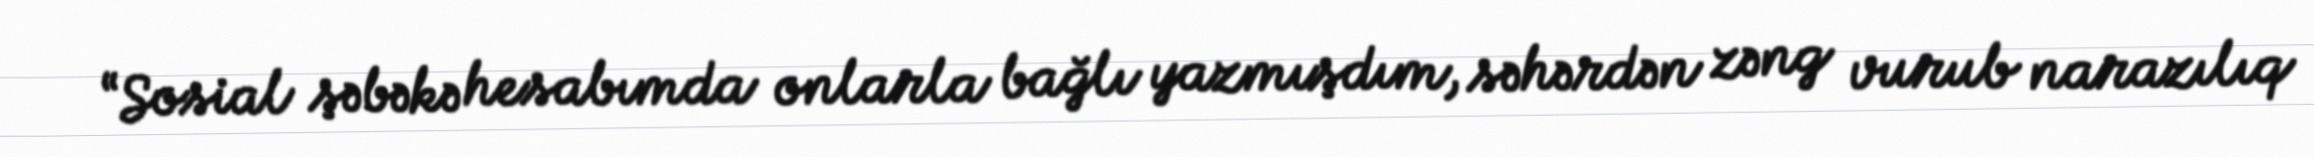
“Sosial şəbəkə hesabımda onlarla bağlı yazmışdım, səhərdən zəng vurub narazılıq